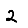
Digit: 2